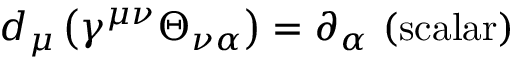
d _ { \mu } \left( \gamma ^ { \mu \nu } \Theta _ { \nu \alpha } \right) = \partial _ { \alpha } \mathrm { ~ ( s c a l a r ) }